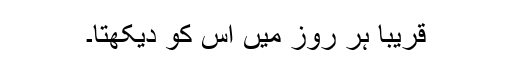
قریباً ہر روز میں اس کو دیکھتا۔